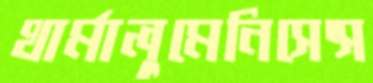
থার্মালুমেনিসেন্স